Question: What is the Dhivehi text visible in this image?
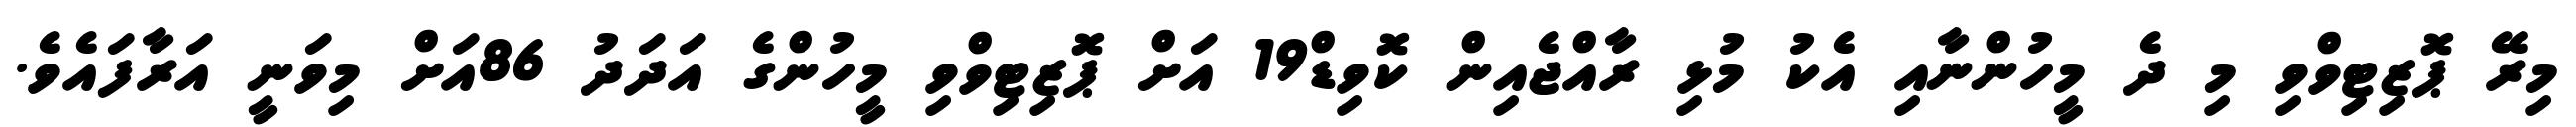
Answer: މިރޭ ޕޮޒިޓިވްވި މި ދެ މީހުންނާއި އެކު މުޅި ރާއްޖެއިން ކޮވިޑް19 އަށް ޕޮޒިޓިވްވި މީހުންގެ އަދަދު 86އަށް މިވަނީ އަރާފައެވެ.